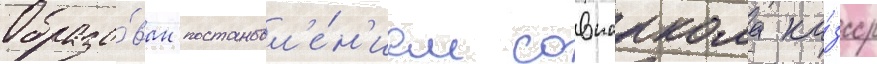
Образо́ван постановл'е́н'ием совнаркома ка́зсср